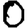
Digit: 0